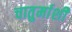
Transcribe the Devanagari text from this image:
चातुर्माशी